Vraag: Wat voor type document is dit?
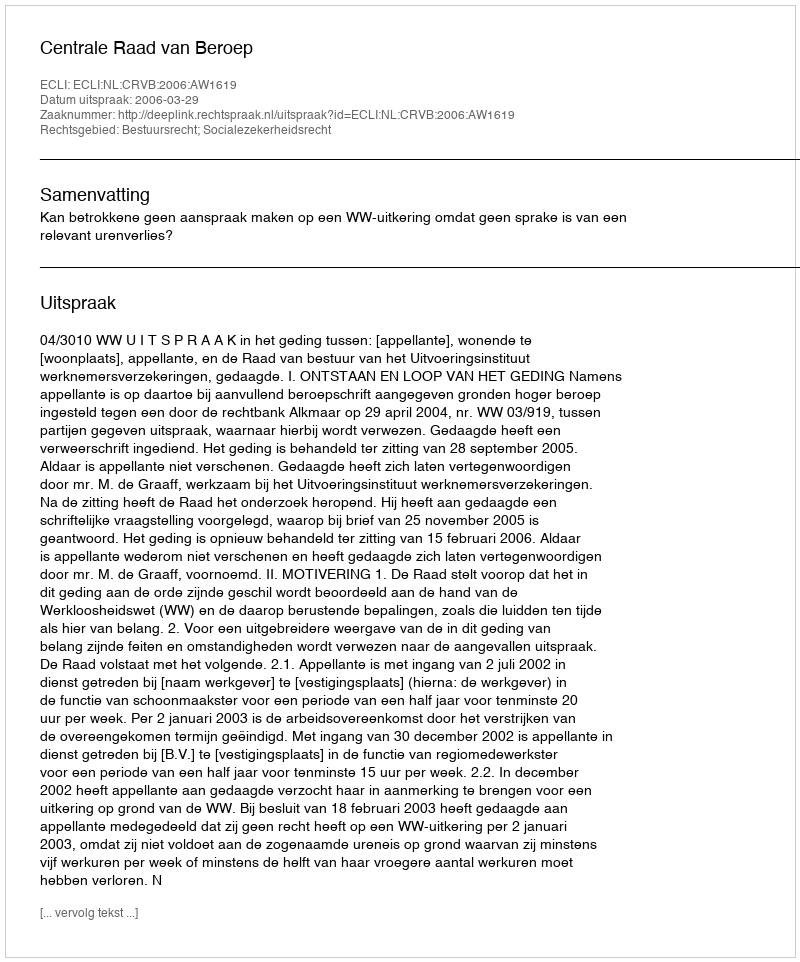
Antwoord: Uitspraak